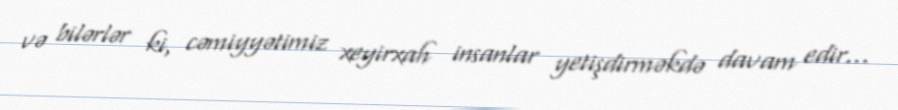
və bilərlər ki, cəmiyyətimiz xeyirxah insanlar yetişdirməkdə davam edir...